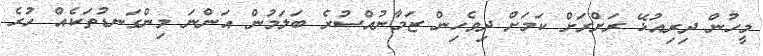
މީހުން ދިރިއުޅޭ ރަށްރަށް ކަމަށް ދިވެހިން ޒަމާނުއްސުރެ ބަލަމުން އަންނަ މިންގަނޑުތަކެއް ހުރެ